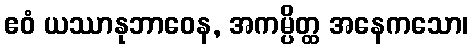
ဧဝံ ယဿာနုဘာဝေန, အကမ္ပိတ္ထ အနေကသော၊